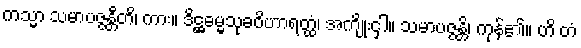
ကသ္မာ သမာပဇ္ဇန္တီတိ၊ ကား။ ဒိဋ္ဌဓမ္မသုခဝိဟာရတ္ထံ၊ အကျိုးငှါ။ သမာပဇ္ဇန္တိ၊ ကုန်၏။ ဟိ တံ